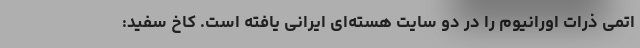
اتمی ذرات اورانیوم را در دو سایت هسته‌ای ایرانی یافته است. کاخ سفید: